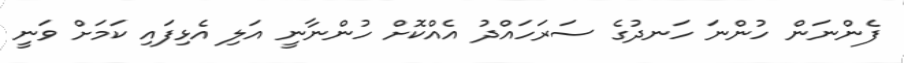
ފެންނަން ހުންނަ ހަނދުގެ ސަރަހައްދު އެއްކޮށް ހުންނާނީ އަލި އެޅިފައި ކަަމަށް ވަނީ